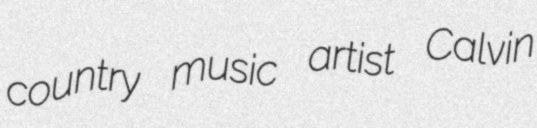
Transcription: country music artist Calvin